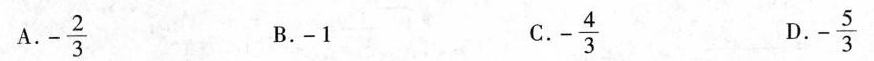
A.-\frac{2}{3} B.-1 C.-\frac{4}{3} D.-\frac{5}{3}